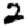
Digit: 2